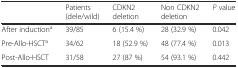
<table><thead><tr><td></td><td><b>Patients (dele/wild)</b></td><td><b>CDKN2 deletion</b></td><td><b>Non CDKN2 deletion</b></td><td><b><i>P</i> value</b></td></tr></thead><tbody><tr><td>After induction<sup>a</sup></td><td>39/85</td><td>6 (15.4 %)</td><td>28 (32.9 %)</td><td>0.042</td></tr><tr><td>Pre-Allo-HSCT<sup>a</sup></td><td>34/62</td><td>18 (52.9 %)</td><td>48 (77.4 %)</td><td>0.013</td></tr><tr><td>Post-Allo-HSCT</td><td>31/58</td><td>27 (87 %)</td><td>54 (93.1 %)</td><td>0.442</td></tr></tbody></table>